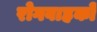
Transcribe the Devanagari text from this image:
रोगवाहकों